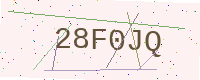
Text: 28F0JQ